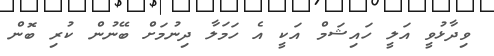
ވިދާޅުވީ އަލީ ހައިޝަމް އަކީ އެ ހަމަލާ ދިނުމަށް ބޭނުން ކުރި ބޮން